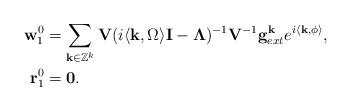
LaTeX: \begin{align*}\mathbf{w}^0_1&=\sum_{\mathbf{k}\in\mathbb{Z}^k} \mathbf{V}(i \langle \mathbf{k},\Omega\rangle \mathbf{I} -\mathbf{\Lambda})^{-1}\mathbf{V}^{-1}\mathbf{g}_{ext}^{\mathbf{k}}e^{i\langle\mathbf{k},\phi\rangle}, \\\mathbf{r}^0_1&=\mathbf{0}.\end{align*}